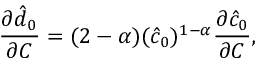
\frac { \partial \hat { d } _ { 0 } } { \partial C } = ( 2 - \alpha ) ( \hat { c } _ { 0 } ) ^ { 1 - \alpha } \frac { \partial \hat { c } _ { 0 } } { \partial C } ,